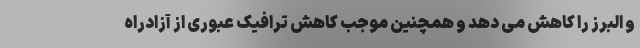
و البرز را کاهش می دهد و همچنین موجب کاهش ترافیک عبوری از آزادراه